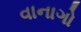
વાનાગો